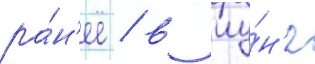
ра́н'ее / в иу́н'е